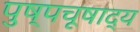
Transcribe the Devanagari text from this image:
पुष्पचूषाद्य